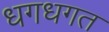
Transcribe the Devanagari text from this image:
धगधगत